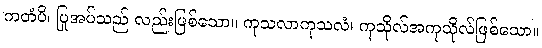
ကတံပိ၊ ပြုအပ်သည် လည်းဖြစ်သော။ ကုသလာကုသလံ၊ ကုသိုလ်အကုသိုလ်ဖြစ်သော။